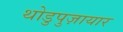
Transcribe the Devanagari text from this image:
थोडुपुज़ायार